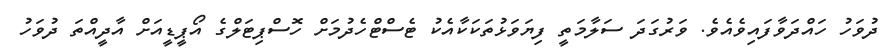
ދުވަހު ހައްދަވާފައިވެއެވެ. ވަރުގަދަ ސަލާމަތީ ފިޔަވަޅުތަކަކާއެކުު ޓެސްޓްހެދުމަށް ހޮސްޕިޓަލްގެ އޯޕީޑީއަށް އާދީއްތަ ދުވަހު